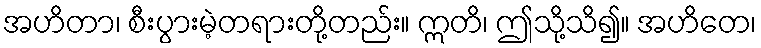
အဟိတာ၊ စီးပွားမဲ့တရားတို့တည်း။ ဣတိ၊ ဤသို့သိ၍။ အဟိတေ၊